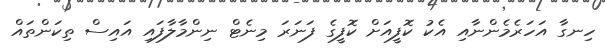
ހިނގާ އަހަރެމެންނާއި އެކު ކޮފީއަށް ކޮފީގެ ފަނަރަ މިނެޓް ނިންމާލާފައި އައިސް ތިކަންތައް